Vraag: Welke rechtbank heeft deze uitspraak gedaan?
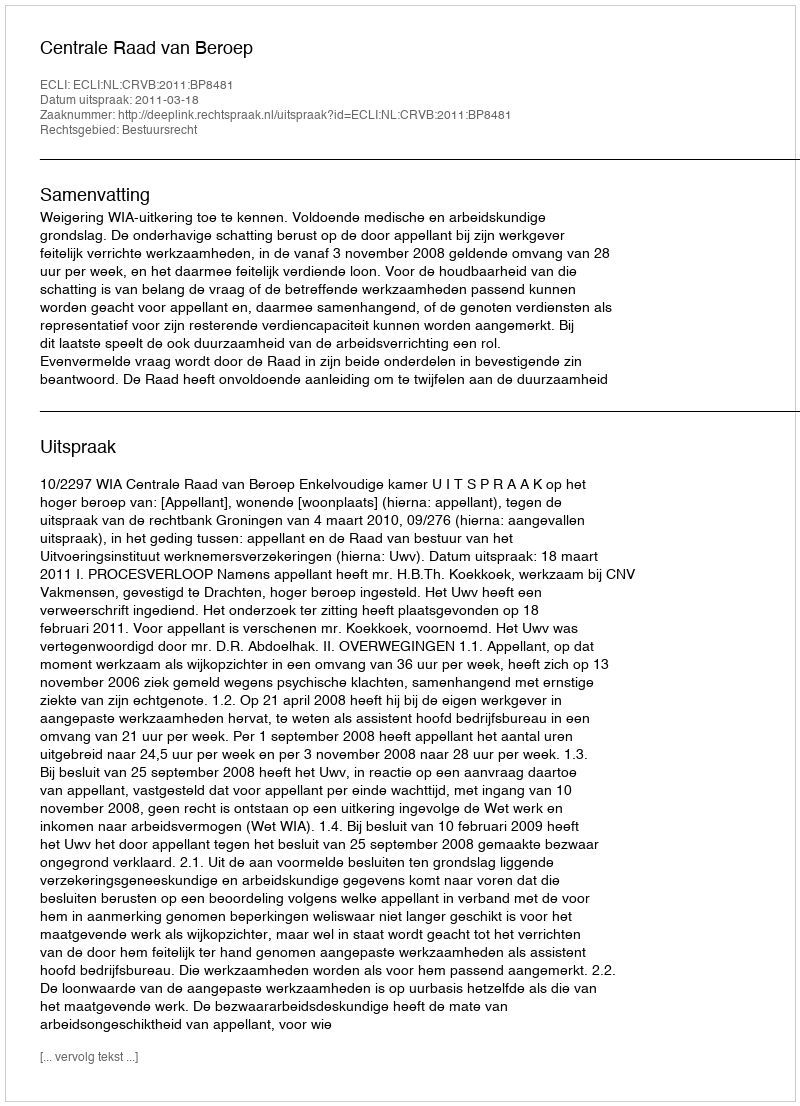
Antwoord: Centrale Raad van Beroep